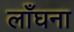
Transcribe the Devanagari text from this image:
लाँघना